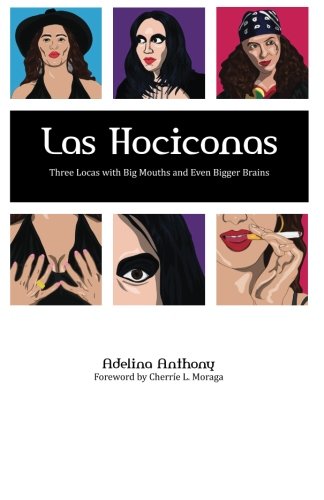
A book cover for Las Hociconas: Three Locas with Big Mouths and Even Bigger Brains; Adelina Anthony; Literature & Fiction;